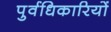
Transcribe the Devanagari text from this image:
पुर्वधिकारियों